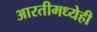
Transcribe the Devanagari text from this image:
आरतीमध्येही